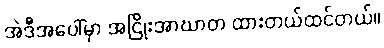
အဲဒီအပေါ်မှာ အငြိုးအာဃာတ ထားတယ်ထင်တယ်။